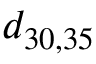
d _ { 3 0 , 3 5 }